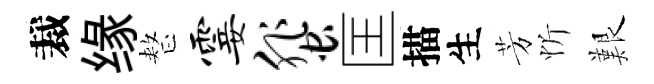
裁缘整霎蜚匡描生芳忻艱